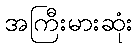
အကြီးမားဆုံး